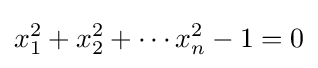
x_{1}^{2}+x_{2}^{2}+\cdots x_{n}^{2}-1=0